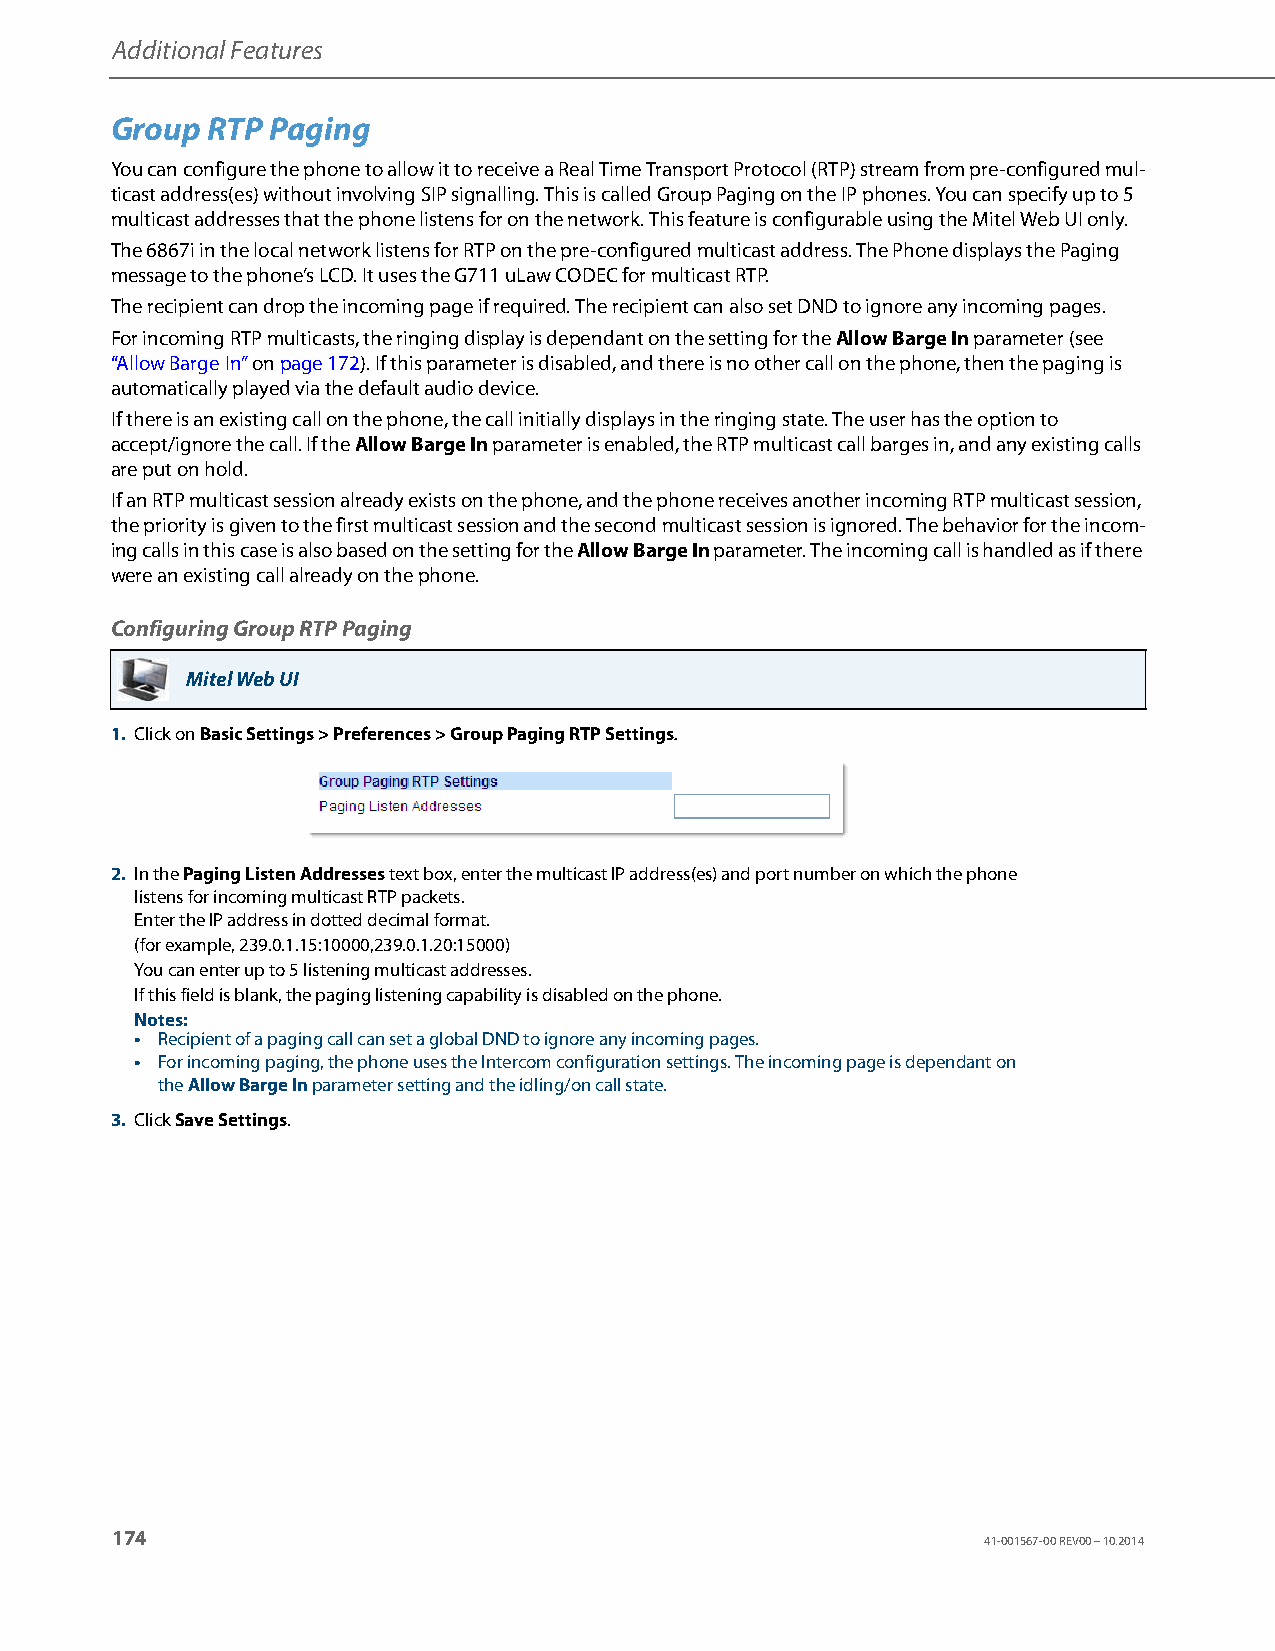
Additional Features
 Group  RTP Paging
 You can configure the phone to allow it to receive a Real Time Transport Protocol (RTP) stream from pre-configured mul-
 ticast address(es) without involving SIP signalling. This is called Group Paging on the IP phones. You can specify up to 5
 multicast addresses that the phone listens for on the network. This feature is configurable using the Mitel Web UI only.
 The 6867i in the local network listens for RTP on the pre-configured multicast address. The Phone displays the Paging
 message to the phone’s LCD. It uses the G711 uLaw CODEC for multicast RTP.
 The recipient can drop the incoming page if required. The recipient can also set DND to ignore any incoming pages.
 For incoming RTP multicasts, the ringing display is dependant on the setting for the Allow Barge In parameter (see
 “Allow Barge In” on page172). If this parameter is disabled, and there is no other call on the phone, then the paging is
 automatically played via the default audio device.
 If there is an existing call on the phone, the call initially displays in the ringing state. The user has the option to
 accept/ignore the call. If the Allow Barge In parameter is enabled, the RTP multicast call barges in, and any existing calls
 are put on hold.
 If an RTP multicast session already exists on the phone, and the phone receives another incoming RTP multicast session,
 the priority is given to the first multicast session and the second multicast session is ignored. The behavior for the incom-
 ing calls in this case is also based on the setting for the Allow Barge In parameter. The incoming call is handled as if there
 were an existing call already on the phone.
 Configuring Group RTP Paging
 Mitel Web UI
 1. Click on Basic Settings > Preferences > Group Paging RTP Settings.
 2. In the Paging Listen Addresses text box, enter the multicast IP address(es) and port number on which the phone
 listens for incoming multicast RTP packets.
 Enter the IP address in dotted decimal format.
 (for example, 239.0.1.15:10000,239.0.1.20:15000)
 You can enter up to 5 listening multicast addresses.
 If this field is blank, the paging listening capability is disabled on the phone.
 Notes:
 • Recipient of a paging call can set a global DND to ignore any incoming pages.
 • For incoming paging, the phone uses the Intercom configuration settings. The incoming page is dependant on
 the Allow Barge In parameter setting and the idling/on call state.
 3. Click Save Settings.
 174
 41-001567-00 REV00 – 10.2014